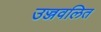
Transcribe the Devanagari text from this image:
उज्जवलित